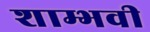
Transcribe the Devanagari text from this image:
शाम्भवी